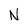
Character: N